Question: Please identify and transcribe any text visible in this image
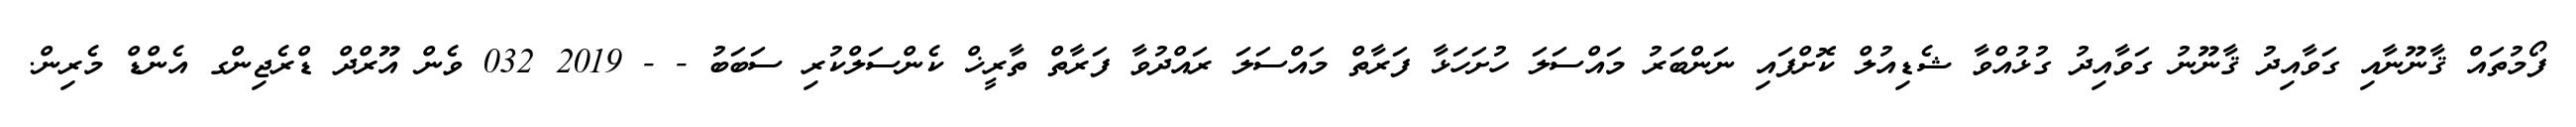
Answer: ފޯމުތައް ޤާނޫނާއި ގަވާއިދު ޤާނޫނު ގަވާއިދު ގުޅުއްވާ ޝެޑިއުލް ކޮށްފައި ނަންބަރު މައްސަލަ ހުށަހަޅާ ފަރާތް މައްސަލަ ރައްދުވާ ފަރާތް ތާރީޚް ކެންސަލްކުރި ސަބަބު - - 2019 032 ވެން އޫރްދް ޑްރެޖިންގ އެންޑް މެރިން.